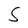
Character: S